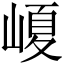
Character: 𡺷